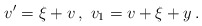
\begin{align*} \begin{aligned} v' = \xi + v \,, \ v_1 = v + \xi + y \,. \end{aligned} \end{align*}